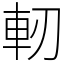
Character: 軔